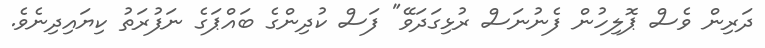
ދަރިން ވެސް ޕޮލިހުން ފެނުނަސް ރުޅިގަދަވޭ" ފަސް ކުދިންގެ ބައްޕަގެ ނަފުރަތު ކިޔައިދިނެވެ.